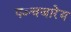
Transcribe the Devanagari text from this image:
पञ्चजारेय